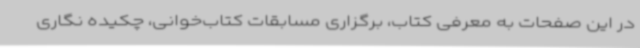
در این صفحات به معرفی کتاب، برگزاری مسابقات کتاب‌خوانی، چکیده نگاری